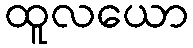
ထူလယော